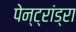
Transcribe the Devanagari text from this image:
पेन्ट्रांड्रा